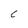
Character: C